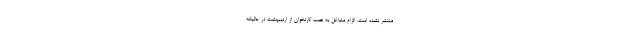
منتشر نشده است. الزام مشاغل به نصب کارتخوان از اردیبهشت در حالیکه